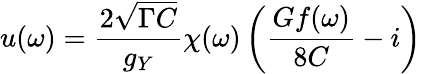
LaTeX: u(\omega)=\frac{2\sqrt{\Gamma C}}{g_{Y}}\chi(\omega)\left(\frac{Gf(\omega)}{8C}-i\right)